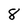
Character: 8